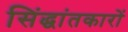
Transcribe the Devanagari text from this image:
सिंद्धांतकारों